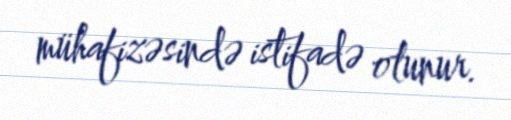
mühafizəsində istifadə olunur.